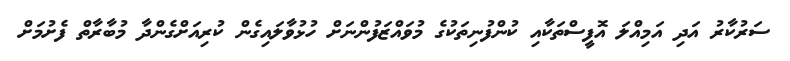
ސަރުކާރު އަދި އަމިއްލަ އޮފީސްތަކާއި ކުންފުނިތަކުގެ މުވައްޒަފުންނަށް ހުޅުވާލައިގެން ކުރިއަށްގެންދާ މުބާރާތް ފެށުމަށް